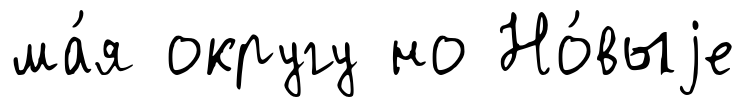
ма́я округу но Но́выjе